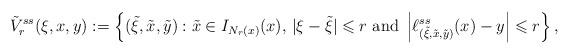
LaTeX: \begin{align*}\tilde{V} ^{ss} _r ( \xi , x , y ) := \left\{ (\tilde{\xi} , \tilde{x} , \tilde{y}) : \tilde{x} \in I _{N _r (x)} (x) , \, | \xi - \tilde{\xi} | \leqslant r \mbox{ and } \left| \ell ^{ss} _{(\tilde{\xi}, \tilde{x}, \tilde{y})} ( x ) - y \right| \leqslant r \right\} ,\end{align*}